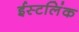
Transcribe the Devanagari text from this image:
ईस्टलिंक